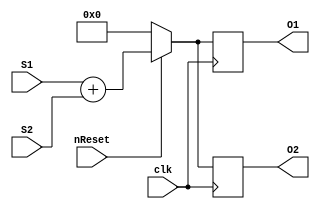
`timescale 1ns / 1ps
//////////////////////////////////////////////////////////////////////////////////
// Company: 
// Engineer: 
// 
// Design Name: 
// Module Name: mixer
// Project Name: 
// Target Devices: 
// Tool Versions: 
// Description: 
// 
// Dependencies: 
// 
// Revision:
// Revision 0.01 - File Created
// Additional Comments:
// 
//////////////////////////////////////////////////////////////////////////////////


module mixer(
    input nReset,
    input clk,
    input [15:0] S1,
    input [15:0] S2,
    output [15:0] O1,
    output [15:0] O2
    );

reg [15:0] outData1;
reg [15:0] outData2;

always @(negedge clk)
begin
    if(~nReset)
    begin
        outData1 <= 16'h0000;
        outData2 <= 16'h0000;
    end
    else
    begin
        outData1 <= S1 + S2;
        outData2 <= S1 + S2;
    end
end

assign O1 = outData1;
assign O2 = outData2;

endmodule